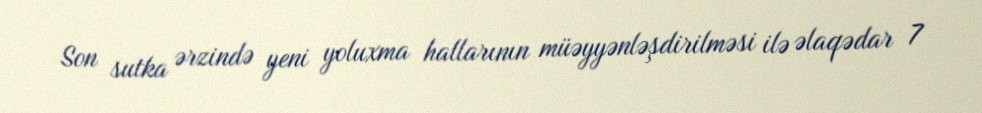
Son sutka ərzində yeni yoluxma hallarının müəyyənləşdirilməsi ilə əlaqədar 7